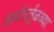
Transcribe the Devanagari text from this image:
अर्धावर्तुळच्या